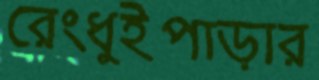
রেংধুইপাড়ার